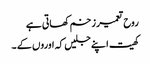
روح تعمیر زخم کھاتی ہے
کھیت اپنے جلیں کہ اوروں کے ۔